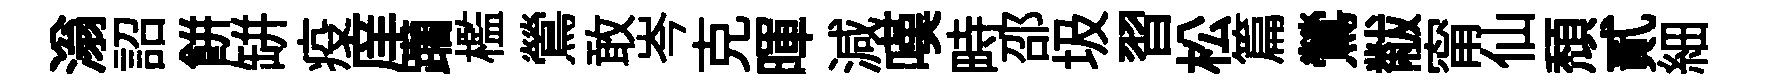
滃詔餅缾疫庠躪檻鶯敢岑克暉減嘆畤邵圾習松篇鶯黻甯仙頹貳細